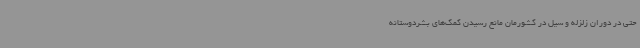
حتی در دوران زلزله و سیل در کشورمان مانع رسیدن کمک‌های بشردوستانه